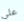
علي